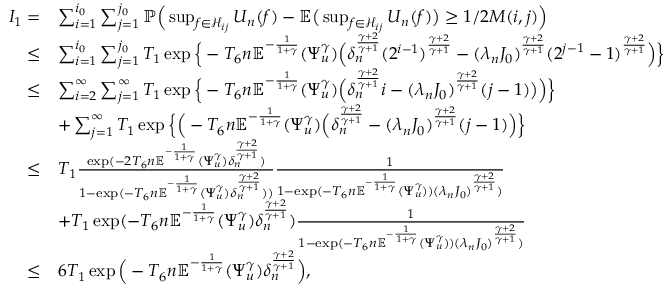
\begin{array} { r l } { I _ { 1 } = } & { \sum _ { i = 1 } ^ { i _ { 0 } } \sum _ { j = 1 } ^ { j _ { 0 } } \mathbb { P } \Big ( \operatorname* { s u p } _ { f \in \mathcal { H } _ { i j } } U _ { n } ( f ) - \mathbb { E } \big ( \operatorname* { s u p } _ { f \in \mathcal { H } _ { i j } } U _ { n } ( f ) \big ) \geq 1 / 2 M ( i , j ) \Big ) } \\ { \leq } & { \sum _ { i = 1 } ^ { i _ { 0 } } \sum _ { j = 1 } ^ { j _ { 0 } } T _ { 1 } \exp \Big \{ - T _ { 6 } n \mathbb { E } ^ { - \frac { 1 } { 1 + \gamma } } ( \Psi _ { u } ^ { \gamma } ) \Big ( \delta _ { n } ^ { \frac { \gamma + 2 } { \gamma + 1 } } ( 2 ^ { i - 1 } ) ^ { \frac { \gamma + 2 } { \gamma + 1 } } - ( \lambda _ { n } J _ { 0 } ) ^ { \frac { \gamma + 2 } { \gamma + 1 } } ( 2 ^ { j - 1 } - 1 ) ^ { \frac { \gamma + 2 } { \gamma + 1 } } \Big ) \Big \} } \\ { \leq } & { \sum _ { i = 2 } ^ { \infty } \sum _ { j = 1 } ^ { \infty } T _ { 1 } \exp \Big \{ - T _ { 6 } n \mathbb { E } ^ { - \frac { 1 } { 1 + \gamma } } ( \Psi _ { u } ^ { \gamma } ) \Big ( \delta _ { n } ^ { \frac { \gamma + 2 } { \gamma + 1 } } i - ( \lambda _ { n } J _ { 0 } ) ^ { \frac { \gamma + 2 } { \gamma + 1 } } ( j - 1 ) \big ) \Big ) \Big \} } \\ & { + \sum _ { j = 1 } ^ { \infty } T _ { 1 } \exp \Big \{ \Big ( - T _ { 6 } n \mathbb { E } ^ { - \frac { 1 } { 1 + \gamma } } ( \Psi _ { u } ^ { \gamma } ) \Big ( \delta _ { n } ^ { \frac { \gamma + 2 } { \gamma + 1 } } - ( \lambda _ { n } J _ { 0 } ) ^ { \frac { \gamma + 2 } { \gamma + 1 } } ( j - 1 ) \Big ) \Big \} } \\ { \leq } & { T _ { 1 } \frac { \exp ( - 2 T _ { 6 } n \mathbb { E } ^ { - \frac { 1 } { 1 + \gamma } } ( \Psi _ { u } ^ { \gamma } ) \delta _ { n } ^ { \frac { \gamma + 2 } { \gamma + 1 } } ) } { 1 - \exp ( - T _ { 6 } n \mathbb { E } ^ { - \frac { 1 } { 1 + \gamma } } ( \Psi _ { u } ^ { \gamma } ) \delta _ { n } ^ { \frac { \gamma + 2 } { \gamma + 1 } } ) ) } \frac { 1 } { 1 - \exp ( - T _ { 6 } n \mathbb { E } ^ { - \frac { 1 } { 1 + \gamma } } ( \Psi _ { u } ^ { \gamma } ) ) ( \lambda _ { n } J _ { 0 } ) ^ { \frac { \gamma + 2 } { \gamma + 1 } } ) } } \\ & { + T _ { 1 } \exp ( - T _ { 6 } n \mathbb { E } ^ { - \frac { 1 } { 1 + \gamma } } ( \Psi _ { u } ^ { \gamma } ) \delta _ { n } ^ { \frac { \gamma + 2 } { \gamma + 1 } } ) \frac { 1 } { 1 - \exp ( - T _ { 6 } n \mathbb { E } ^ { - \frac { 1 } { 1 + \gamma } } ( \Psi _ { u } ^ { \gamma } ) ) ( \lambda _ { n } J _ { 0 } ) ^ { \frac { \gamma + 2 } { \gamma + 1 } } ) } } \\ { \leq } & { 6 T _ { 1 } \exp \Big ( - T _ { 6 } n \mathbb { E } ^ { - \frac { 1 } { 1 + \gamma } } ( \Psi _ { u } ^ { \gamma } ) \delta _ { n } ^ { \frac { \gamma + 2 } { \gamma + 1 } } \Big ) , } \end{array}